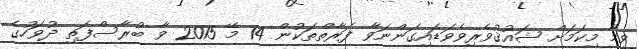
ވީމާ މިކަމަށް ޝައުޤުވެރިވެވަޑައިގަންނަވާ ފަރާތްތަކުން 14 މޭ 2015 ވާ ބުރާސްފަތި ދުވަހުގެ